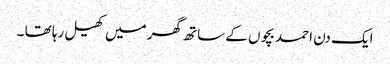
ایک دن احمد بچوں کے ساتھ گھر میں کھیل رہا تھا ۔